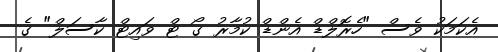
އެކަމަކު ވެސް "ހެރޮލްޑް އެންޑް ކުމާރު ގޯ ޓް ވައިޓް ކާސަލް" ގެ